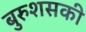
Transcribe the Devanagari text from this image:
बुरुशसकी